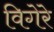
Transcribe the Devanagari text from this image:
विगेरे